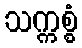
သက္ကစ္စံ